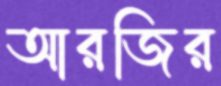
আরজির